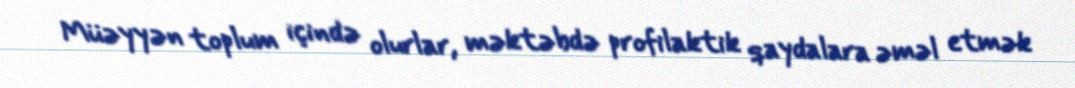
Müəyyən toplum içində olurlar, məktəbdə profilaktik qaydalara əməl etmək